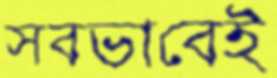
সবভাবেই